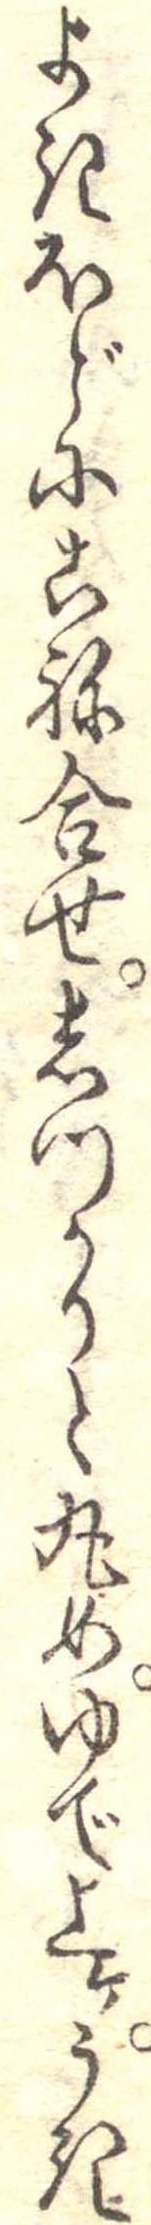
よきほどにこね合せしつかりと丸めゆで上けうき